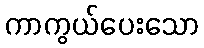
ကာကွယ်ပေးသော